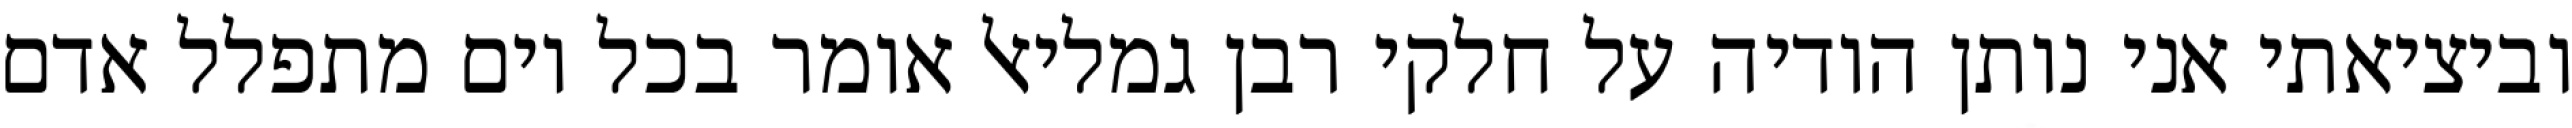
וביציאתי אני נותן הודיה על חלקי רבן גמליאל אומר בכל יום מתפלל אדם